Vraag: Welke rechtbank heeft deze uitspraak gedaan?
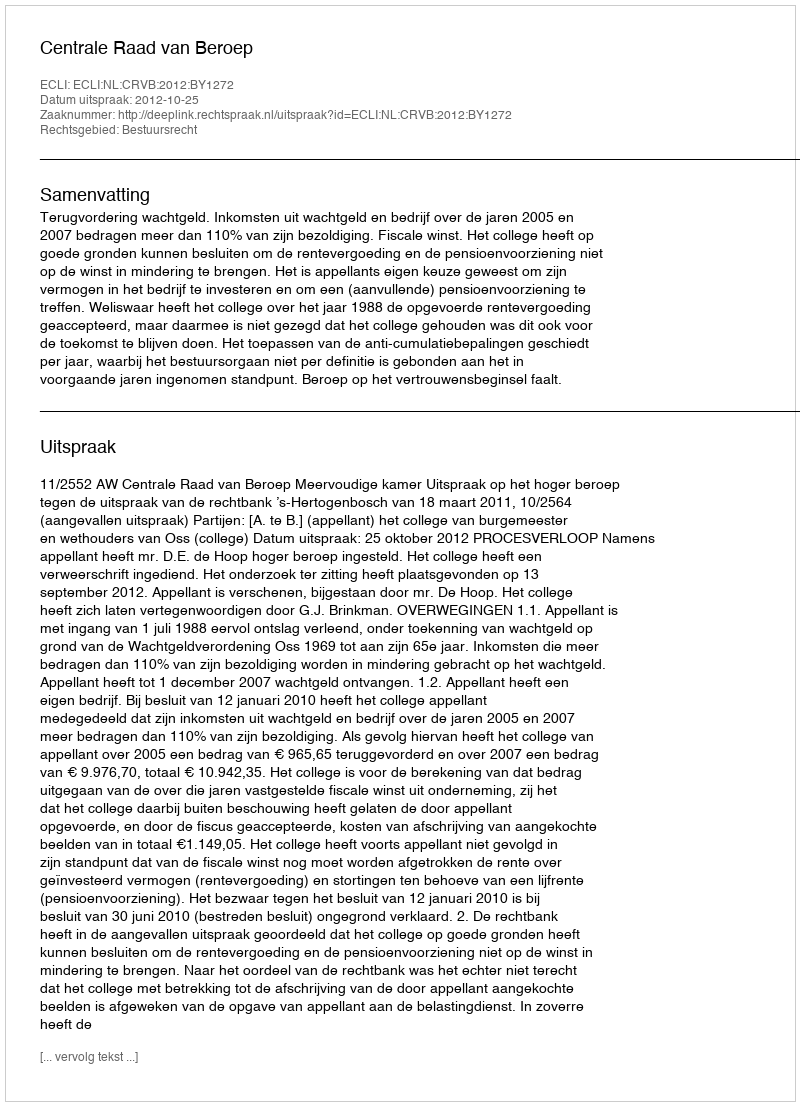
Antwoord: Centrale Raad van Beroep